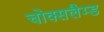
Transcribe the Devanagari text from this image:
चोक्सलैम्ड